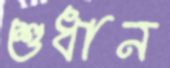
শুধান